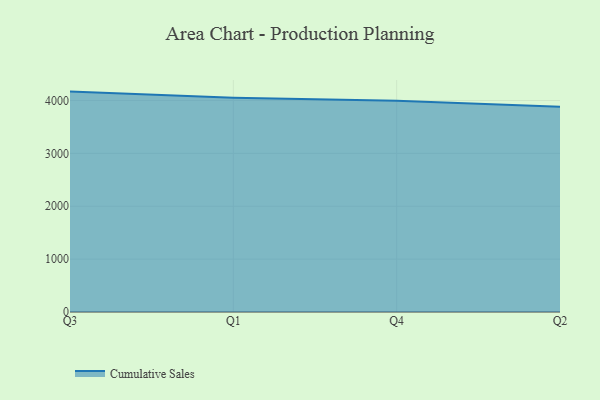
{"axis": {"x": "Quarter", "y": "LTV (USD)"}, "legend": ["Cumulative Sales"], "data": [{"x": "Q3", "y": 4168.2, "type": "Cumulative Sales"}, {"x": "Q1", "y": 4050.9, "type": "Cumulative Sales"}, {"x": "Q4", "y": 3996.1, "type": "Cumulative Sales"}, {"x": "Q2", "y": 3880.2, "type": "Cumulative Sales"}]}